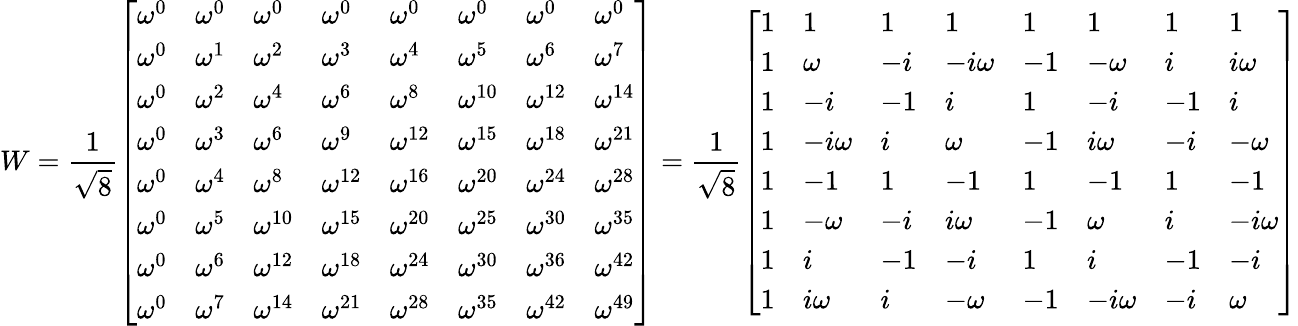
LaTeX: W={\frac{1}{\sqrt{8}}}{\left[\begin{array}{llllllll}{\omega^{0}}&{\omega^{0}}&{\omega^{0}}&{\omega^{0}}&{\omega^{0}}&{\omega^{0}}&{\omega^{0}}&{\omega^{0}}\\ {\omega^{0}}&{\omega^{1}}&{\omega^{2}}&{\omega^{3}}&{\omega^{4}}&{\omega^{5}}&{\omega^{6}}&{\omega^{7}}\\ {\omega^{0}}&{\omega^{2}}&{\omega^{4}}&{\omega^{6}}&{\omega^{8}}&{\omega^{10}}&{\omega^{12}}&{\omega^{14}}\\ {\omega^{0}}&{\omega^{3}}&{\omega^{6}}&{\omega^{9}}&{\omega^{12}}&{\omega^{15}}&{\omega^{18}}&{\omega^{21}}\\ {\omega^{0}}&{\omega^{4}}&{\omega^{8}}&{\omega^{12}}&{\omega^{16}}&{\omega^{20}}&{\omega^{24}}&{\omega^{28}}\\ {\omega^{0}}&{\omega^{5}}&{\omega^{10}}&{\omega^{15}}&{\omega^{20}}&{\omega^{25}}&{\omega^{30}}&{\omega^{35}}\\ {\omega^{0}}&{\omega^{6}}&{\omega^{12}}&{\omega^{18}}&{\omega^{24}}&{\omega^{30}}&{\omega^{36}}&{\omega^{42}}\\ {\omega^{0}}&{\omega^{7}}&{\omega^{14}}&{\omega^{21}}&{\omega^{28}}&{\omega^{35}}&{\omega^{42}}&{\omega^{49}}\end{array}\right]}={\frac{1}{\sqrt{8}}}{\left[\begin{array}{llllllll}{1}&{1}&{1}&{1}&{1}&{1}&{1}&{1}\\ {1}&{\omega}&{-i}&{-i\omega}&{-1}&{-\omega}&{i}&{i\omega}\\ {1}&{-i}&{-1}&{i}&{1}&{-i}&{-1}&{i}\\ {1}&{-i\omega}&{i}&{\omega}&{-1}&{i\omega}&{-i}&{-\omega}\\ {1}&{-1}&{1}&{-1}&{1}&{-1}&{1}&{-1}\\ {1}&{-\omega}&{-i}&{i\omega}&{-1}&{\omega}&{i}&{-i\omega}\\ {1}&{i}&{-1}&{-i}&{1}&{i}&{-1}&{-i}\\ {1}&{i\omega}&{i}&{-\omega}&{-1}&{-i\omega}&{-i}&{\omega}\end{array}\right]}